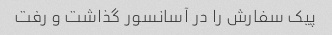
پیک سفارش را در آسانسور گذاشت و رفت